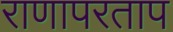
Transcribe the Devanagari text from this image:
राणापरताप